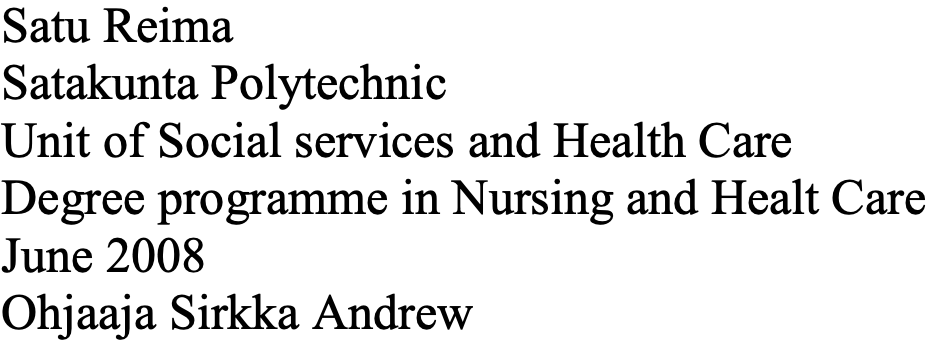
Satu Reima Satakunta Polytechnic Unit of Social services and Health Care Degree programme in Nursing and Healt Care June 2008 Ohjaaja Sirkka Andrew